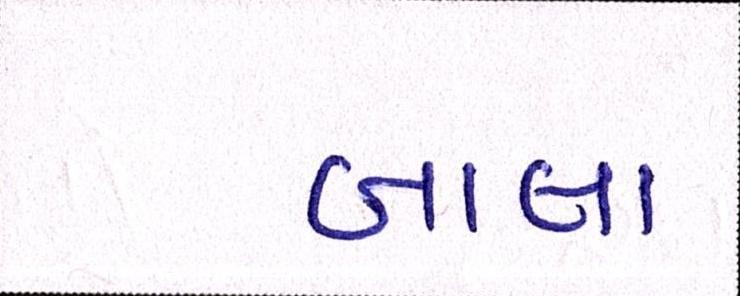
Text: બાલા